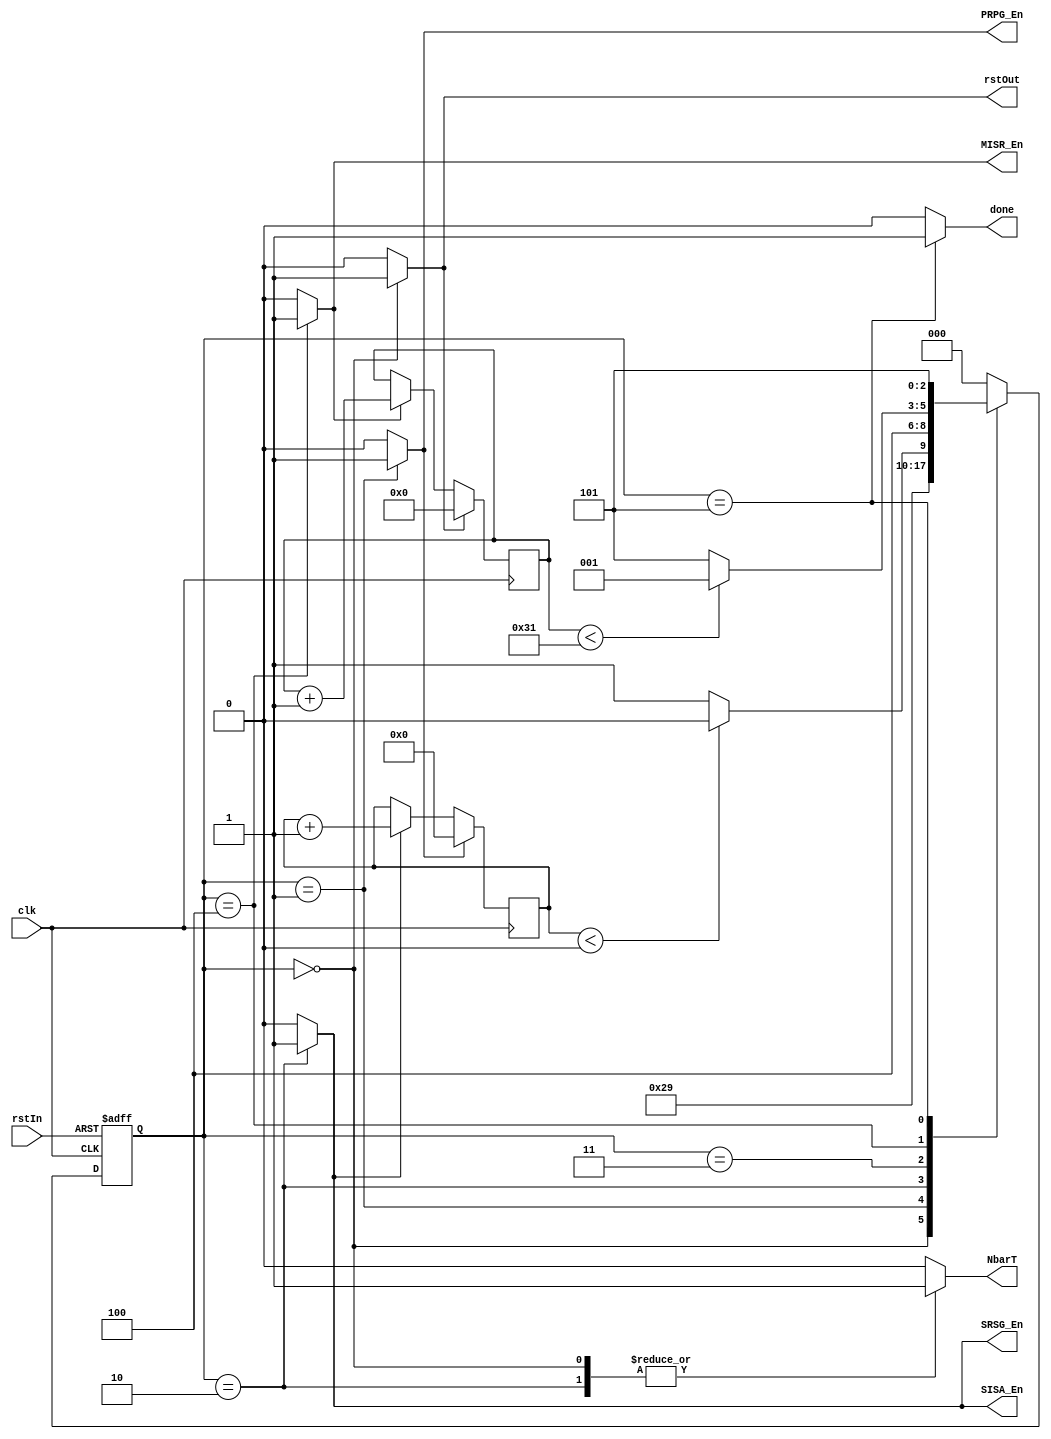


`timescale 1ns / 1ps

`define Reset			3'b000
`define GenData			3'b001
`define ShiftData		3'b010
`define NormalMode		3'b011
`define GenSignature	3'b100
`define Exit			3'b101

module RTS_Controller	#(parameter ShiftSize = 1, numOfRounds = 50 )
						(clk, rstIn, NbarT, rstOut,PRPG_En, SRSG_En, SISA_En, MISR_En, done );
			
	input clk, rstIn;
	output reg NbarT, rstOut, PRPG_En;
	output reg SRSG_En, SISA_En, MISR_En;
	output reg done = 1'b0;
	
	reg [2:0] present_state, next_state;
	reg [5:0]shtCount; //Pay attension. vector size should be log2 of ShiftSize
	reg shtCount_Rst, shtCount_En;
	reg [15:0]testVectorCount;//Pay attension. vector size should be log2 of numOfRounds
	reg testCount_Rst, testCount_En;

	
	
	always @( posedge clk or posedge rstIn ) 
		if( rstIn )
 			present_state <= `Reset;
 		else 
 			present_state <= next_state;    	

	always @( present_state or shtCount ) begin : Combinatorial
     
		NbarT = 1'b0; rstOut = 1'b0; PRPG_En = 1'b0; 
		SRSG_En = 1'b0; SISA_En = 1'b0; 
		shtCount_Rst = 1'b0; shtCount_En = 1'b0;
		testCount_Rst = 1'b0; testCount_En = 1'b0;				
		MISR_En = 1'b0; done = 1'b0;
     
		case ( present_state )
			`Reset : begin 
				next_state = `GenData;
				rstOut = 1'b1;
				NbarT = 1'b1;				
				testCount_Rst = 1'b1;
			end
			
			`GenData : begin
				next_state = `ShiftData;
				PRPG_En = 1'b1;
				shtCount_Rst = 1'b1;
			
			end
			
			`ShiftData : begin
				next_state = ( shtCount < ShiftSize - 1 ) ? `ShiftData : `NormalMode;
				shtCount_En = 1'b1;
				SRSG_En = 1'b1;
				SISA_En = 1'b1;
				NbarT = 1'b1;
			end
			
			`NormalMode : begin
				next_state = `GenSignature;
				NbarT = 1'b0;
			end
			
			`GenSignature : begin
				next_state = ( testVectorCount < numOfRounds - 1 ) ? `GenData : `Exit; 
				testCount_En = 1'b1;
				MISR_En = 1'b1;
			end
			
			`Exit : begin
				next_state = `Exit;
				done = 1'b1;
			end
			
			default : next_state = `Reset;
		endcase     
	end   
		
	
	//Counting number of bits shifted into scan chain
	always @ ( posedge clk ) begin
	
		if( shtCount_Rst ) 
			shtCount = 0;
			
		else if( shtCount_En )
			shtCount =  shtCount + 1;
	end

	//Counting number of applied test vectors
	always @ ( posedge clk ) begin
	
		if( testCount_Rst ) 
			testVectorCount = 0;
			
		else if( testCount_En )
			testVectorCount =  testVectorCount + 1;
	end
	
endmodule